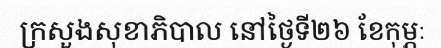
ក្រសួងសុខាភិបាល នៅថ្ងៃទី២៦ ខែកុម្ភៈ